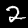
Digit: 2